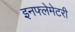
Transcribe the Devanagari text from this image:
इनफ्लेमेटरी